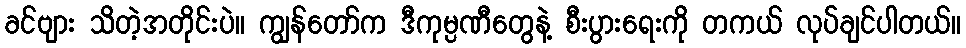
ခင်ဗျား သိတဲ့အတိုင်းပဲ။ ကျွန်တော်က ဒီကုမ္ပဏီတွေနဲ့ စီးပွားရေးကို တကယ် လုပ်ချင်ပါတယ်။